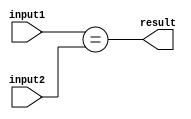
module comparator(
    input [31:0] input1,
    input [31:0] input2,
    output result
);

wire equal;

assign equal = input1 == input2;
assign result = equal;

endmodule